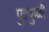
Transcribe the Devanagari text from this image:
पुटकुळी